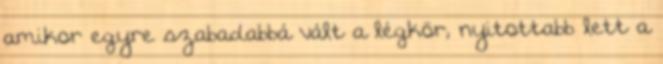
amikor egyre szabadabbá vált a légkör, nyitottabb lett a